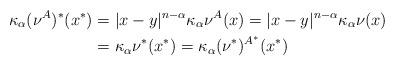
LaTeX: \begin{align*}\kappa_\alpha(\nu^A)^*(x^*)&=|x-y|^{n-\alpha}\kappa_\alpha\nu^A(x)=|x-y|^{n-\alpha}\kappa_\alpha\nu(x)\\{}&=\kappa_\alpha\nu^*(x^*)=\kappa_\alpha(\nu^*)^{A^*}(x^*)\end{align*}